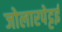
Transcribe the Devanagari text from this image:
जोलारपेट्टई